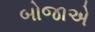
બોજાએ